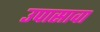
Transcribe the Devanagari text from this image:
उपासावा